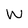
Character: W